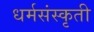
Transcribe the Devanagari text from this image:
धर्मसंस्कृती